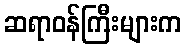
ဆရာဝန်ကြီးများက